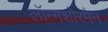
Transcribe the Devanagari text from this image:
लॉन्गशोरमेन